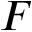
F